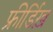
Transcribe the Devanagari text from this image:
फ्रीर्डिख़